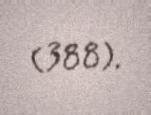
(388).